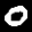
Label: 0